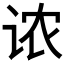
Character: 𫍦